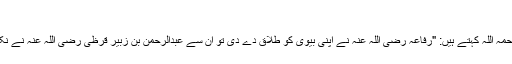
" ختم شد
عکرمہ رحمہ اللہ کہتے ہیں: "رفاعہ رضی اللہ عنہ نے اپنی بیوی کو طلاق دے دی تو ان سے عبدالرحمن بن زبیر قرظی رضی اللہ عنہ نے نکاح کر لیا۔